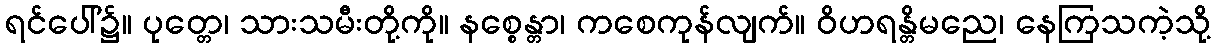
ရင်ပေါ်၌။ ပုတ္တေ၊ သားသမီးတို့ကို။ နစ္စေန္တာ၊ ကစေကုန်လျက်။ ဝိဟရန္တိမညေ၊ နေကြသကဲ့သို့